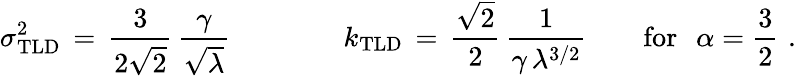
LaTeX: \sigma_{\mathrm{TLD}}^{2}\, =\, \frac{3}{2\sqrt{2}}\, \frac{\gamma}{\sqrt{\lambda}}\qquad\qquad k_{\mathrm{TLD}}\, =\, \frac{\sqrt{2}}{2}\, \frac{1}{\gamma\, \lambda^{3/2}}\qquad\mathrm{for}\, \, \, \, \alpha=\frac{3}{2}\, \, .